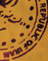
REPUBLIC OF IRAN